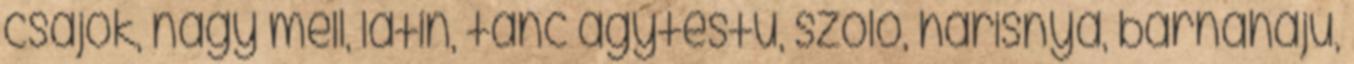
csajok, nagy mell, latin, tánc agytestű, szóló, harisnya, barnahajú,